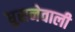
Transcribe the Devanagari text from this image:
घुसनेवाली